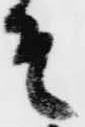
そ